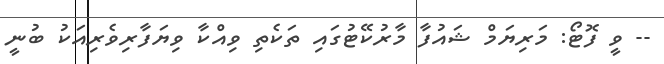
-- ވީ ފޮޓޯ: މަރިޔަމް ޝައުފާ މާރުކޭޓުގައި ތަކެތި ވިއްކާ ވިޔަފާރިވެރިއަކު ބުނީ